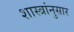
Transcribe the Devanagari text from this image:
शास्त्रांनुसार